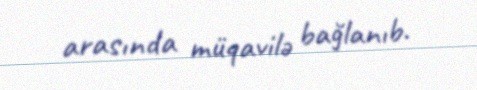
arasında müqavilə bağlanıb.